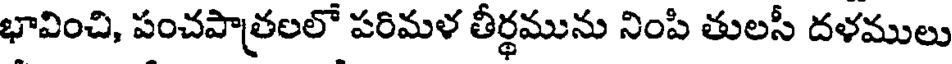
భావించి, పంచపాత్రలలో పరిమళ తీర్థమును నింపి తులసీ దళములు